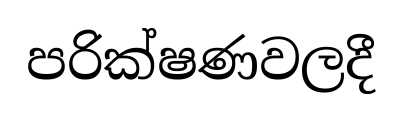
පරික්ෂණවලදී